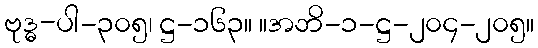
ဗုဒ္ဓ-ပါ-၃၀၅၊ ဋ္ဌ-၁၆၃။ ။အဘိ-၁-ဋ္ဌ-၂၀၄-၂၀၅။